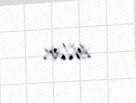
bilər.